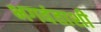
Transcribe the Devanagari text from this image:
भगवंताशी